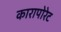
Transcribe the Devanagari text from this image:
कारापोरेट